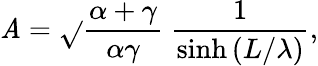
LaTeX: \mathit{A}=\sqrt{}{{\frac{{\alpha+\gamma}}{{\alpha\gamma}}}}\ \frac{{1}}{{\sinh{(L/\lambda)}}},